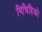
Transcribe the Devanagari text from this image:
मिचिहिको